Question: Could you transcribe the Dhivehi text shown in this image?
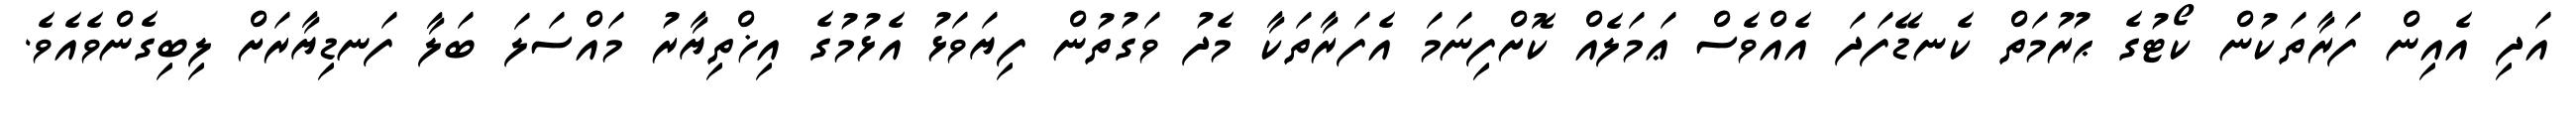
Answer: އަދި އެއިން ފަރާތަކުން ކޯޓުގެ ޙުރުމަތް ކެނޑޭފަދަ އެއްވެސް ޢަމަލެއް ކޮށްފިނަމަ އެފަރާތަކާ މެދު ވަގުތުން ފިޔަވަޅު އެޅުމުގެ އިޚްތިޔާރު މައްސަލަ ބަލާ ފަނޑިޔާރަށް ލިބިގެންވެއެވެ.